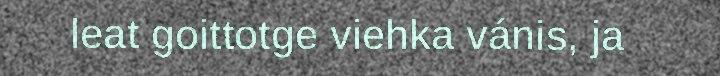
leat goittotge viehka vánis, ja